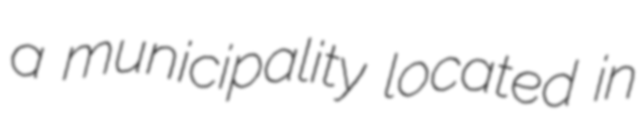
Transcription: a municipality located in